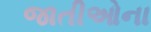
જાતીઓના